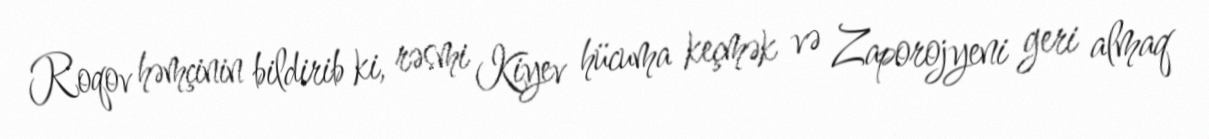
Roqov həmçinin bildirib ki, rəsmi Kiyev hücuma keçmək və Zaporojyeni geri almaq